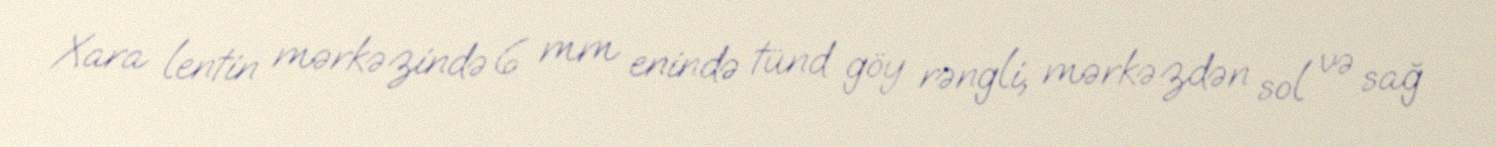
Xara lentin mərkəzində 6 mm enində tünd göy rəngli, mərkəzdən sol və sağ